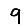
Digit: 9